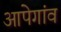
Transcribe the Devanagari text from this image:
आपेगांव